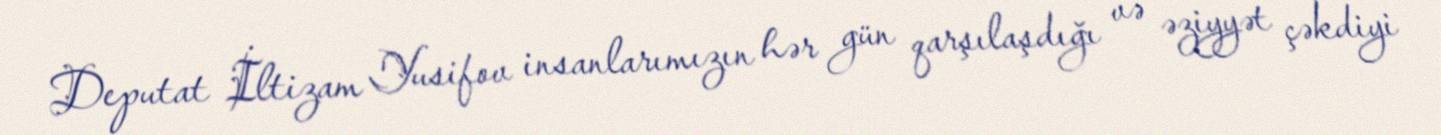
Deputat İltizam Yusifov insanlarımızın hər gün qarşılaşdığı və əziyyət çəkdiyi